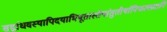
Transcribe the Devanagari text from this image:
सद्बांधवस्यापिदयाभिभूतास्तेषांतुतीर्थानिफलप्रदानि